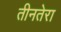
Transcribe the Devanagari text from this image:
तीनतेरा